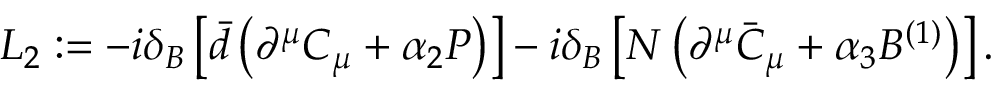
{ \cal L } _ { 2 } : = - i \delta _ { B } \left[ \bar { d } \left( \partial ^ { \mu } C _ { \mu } + \alpha _ { 2 } P \right) \right] - i \delta _ { B } \left[ N \left( \partial ^ { \mu } \bar { C } _ { \mu } + \alpha _ { 3 } B ^ { ( 1 ) } \right) \right] .